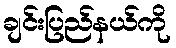
ချင်းပြည်နယ်ကို